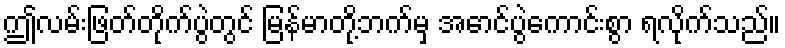
ဤလမ်းဖြတ်တိုက်ပွဲတွင် မြန်မာတို့ဘက်မှ အောင်ပွဲကောင်းစွာ ရလိုက်သည်။